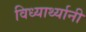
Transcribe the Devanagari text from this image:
विध्यार्थ्यानी